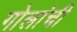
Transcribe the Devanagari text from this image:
गोलांची